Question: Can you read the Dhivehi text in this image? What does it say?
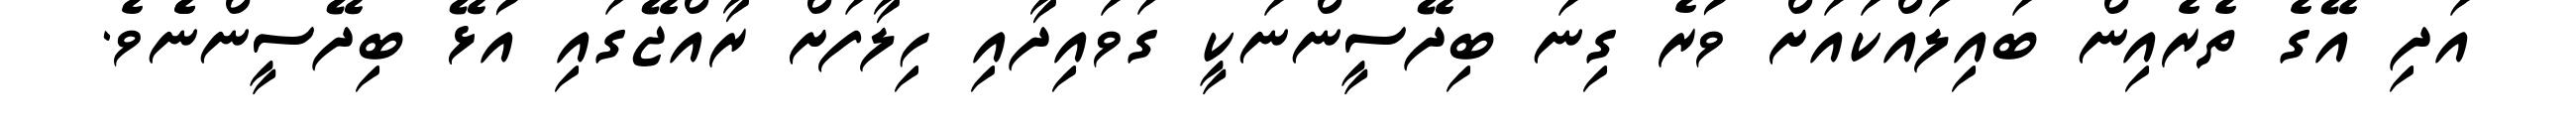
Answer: އަދި އޭގެ ތެރެއިން ބައިލައްކައަށް ވުރެ ގިނަ ބިދޭސީންނަކީ ގަވައިދާއި ހިލާފަށް ރާއްޖޭގައި އުޅޭ ބިދޭސީންނެެވެ.